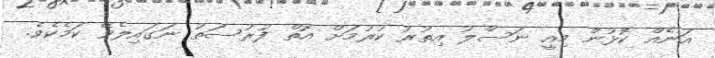
އަނެއް ކޮޅުން މިއީ ނަސްލު އިތުރު ކުރުމަށް އޮތް ފުރުސަތު ނަގައިލެވޭ ކަމެކެވެ.